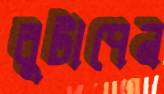
বুটাপেন